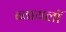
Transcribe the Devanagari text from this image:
ब्वायलॉ